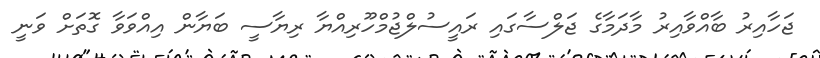
ޖަހާއިރު ބާއްވާއިރު މާދަމާގެ ޖަލްސާގައި ރައީސުލްޖުމްހޫރިއްޔާ ރިޔާސީ ބަޔާން އިއްވަވާ ގޮތަށް ވަނީ